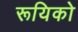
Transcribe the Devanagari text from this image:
रूयिको